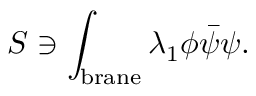
S \ni \int _ { \mathrm { b r a n e } } \lambda _ { 1 } \phi \bar { \psi } \psi .